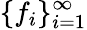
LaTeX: \{ f_{i}\} _{i=1}^{\infty}